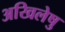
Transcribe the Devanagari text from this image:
अखिलेषु